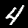
Label: 4